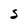
Character: S